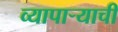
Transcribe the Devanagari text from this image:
व्यापार्‍याची